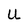
Character: U